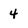
Character: 4